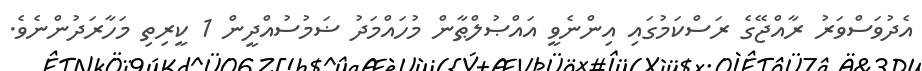
އެދުވަސްވަރު ރާއްޖޭގެ ރަސްކަމުގައި އިންނެވީ އައްޞުލްޠާން މުހައްމަދު ޟަމުސުއްދީން 1 ކީރިތި މަހާރަދުންނެވެ.